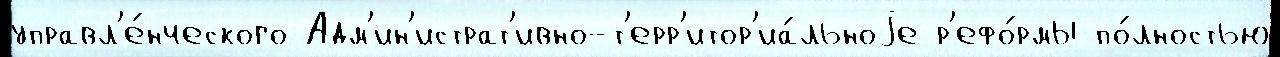
управл'е́нческого Адм'ин'истрат'ивно-т'ерр'итор'иа́льноjе р'ефо́рмы по́лностью